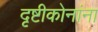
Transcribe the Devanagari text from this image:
दृष्टीकोनांना